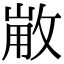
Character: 𢽸